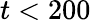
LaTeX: t<200